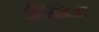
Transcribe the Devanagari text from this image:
ईंजिनिअर